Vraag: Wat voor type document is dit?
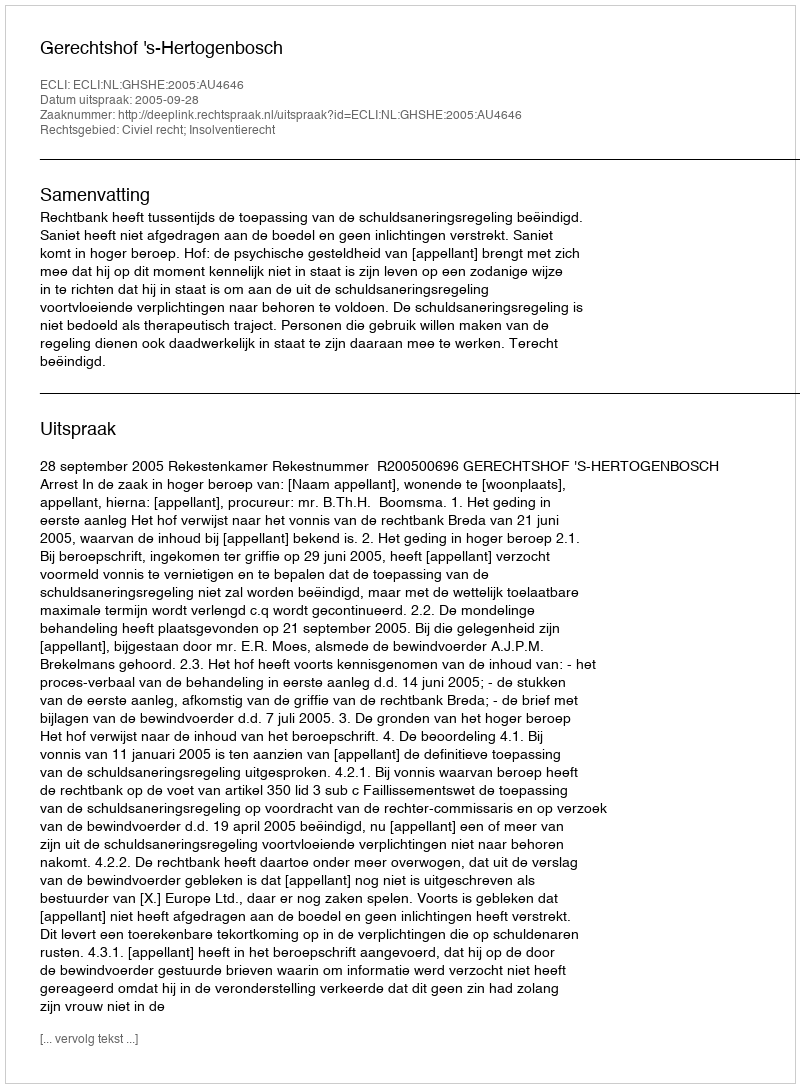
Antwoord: Uitspraak